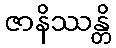
ဇာနိဿန္တိ